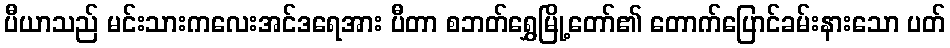
ပီယာသည် မင်းသားကလေးအင်ဒရေအား ပီတာ စဘတ်ရွှေမြို့တော်၏ တောက်ပြောင်ခမ်းနားသော ပတ်